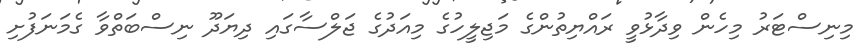
މިނިސްޓަރު މިހެން ވިދާޅުވީ ރައްޔިތުންގެ މަޖިލީހުގެ މިއަދުގެ ޖަލްސާގައި ދިޔަދޫ ނިސްބަތްވާ ގެމަނަފުށި